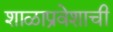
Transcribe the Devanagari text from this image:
शाळाप्रवेशाची